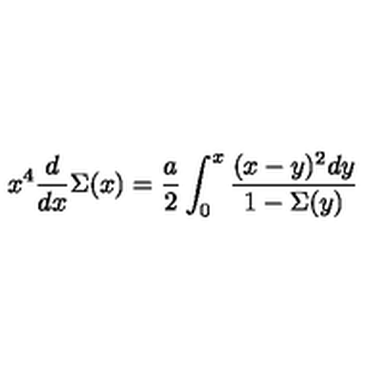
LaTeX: x ^ { 4 } { \frac { d } { d x } } \Sigma ( x ) = { \frac { a } { 2 } } \int _ { 0 } ^ { x } { \frac { ( x - y ) ^ { 2 } d y } { 1 - \Sigma ( y ) } }